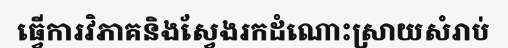
ធ្វើការវិភាគនិងស្វែងរកដំណោះស្រាយសំរាប់